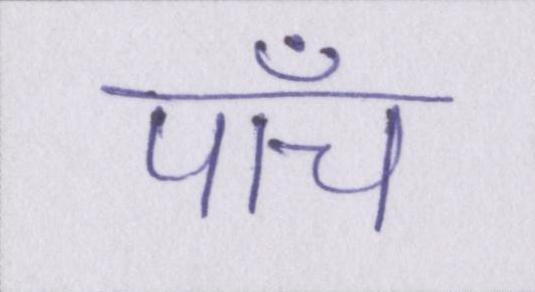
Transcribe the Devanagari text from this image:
पाँच